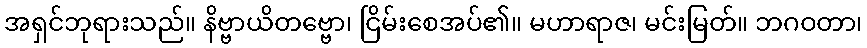
အရှင်ဘုရားသည်။ နိဗ္ဗာယိတဗ္ဗော၊ ငြိမ်းစေအပ်၏။ မဟာရာဇ၊ မင်းမြတ်။ ဘဂဝတာ၊